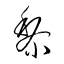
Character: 黎